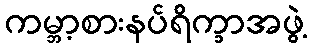
ကမ္ဘာ့စားနပ်ရိက္ခာအဖွဲ့